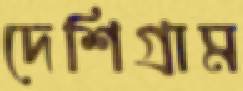
দেশিগ্রাম